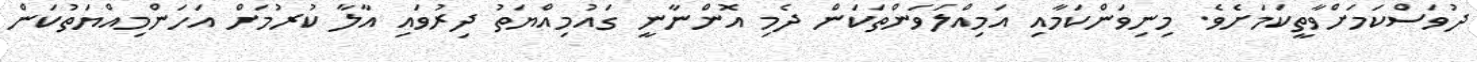
ދުވަސްކަމަށްވާތީކަމަށެވެ. މިނިވަންކަމާއި އަމިއްލަވަންތަކަން ދެމި އޮންނާނީ ގައުމިއްޔަތު ދިރުވައި އާލާ ކުރުމަށް އަހަންމިއްޔަތުކަން